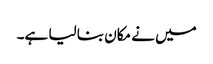
میں نے مکان بنا لیا ہے۔